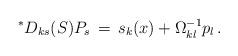
LaTeX: \begin{align*}{}^\ast D_{ks}(S)P_s \,=\, {s}_k (x) +\Omega^{-1}_{kl} p_{l} \,.\end{align*}